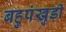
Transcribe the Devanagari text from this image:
बहुपंखुड़ी